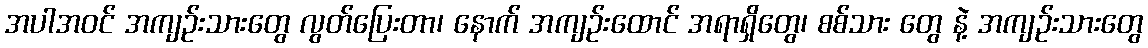
အပါအဝင် အကျဉ်းသားတွေ လွတ်ပြေးတာ၊ နောက် အကျဉ်းထောင် အရာရှိတွေ၊ စစ်သား တွေ နဲ့ အကျဉ်းသားတွေ